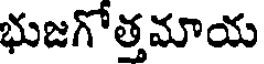
భుజగోత్తమాయ